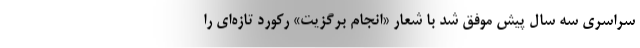
سراسری سه سال پیش موفق شد با شعار «انجام برگزیت» رکورد تازه‌ای را